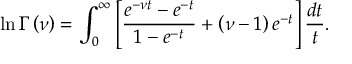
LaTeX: \ln \Gamma \left( \nu \right) = \int _ { 0 } ^ { \infty } \left[ \frac { e ^ { - \nu t } - e ^ { - t } } { 1 - e ^ { - t } } + \left( \nu - 1 \right) e ^ { - t } \right] \frac { d t } t .